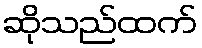
ဆိုသည်ထက်